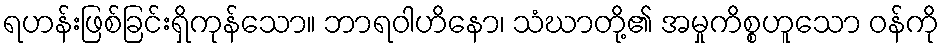
ရဟန်းဖြစ်ခြင်းရှိကုန်သော။ ဘာရဝါဟိနော၊ သံဃာတို့၏ အမှုကိစ္စဟူသော ဝန်ကို